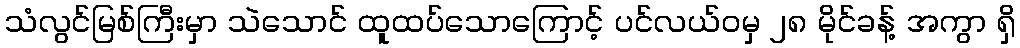
သံလွင်မြစ်ကြီးမှာ သဲသောင် ထူထပ်သောကြောင့် ပင်လယ်ဝမှ ၂၈ မိုင်ခန့် အကွာ ရှိ